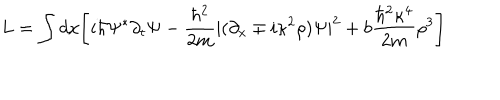
L = \int d x \Bigg [ i \hbar \Psi ^ { * } \partial _ { t } \Psi - { \frac { \hbar ^ { 2 } } { 2 m } } | ( \partial _ { x } \mp i \kappa ^ { 2 } \rho ) \Psi | ^ { 2 } + b { \frac { \hbar ^ { 2 } \kappa ^ { 4 } } { 2 m } } \rho ^ { 3 } \Bigg ]